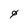
Character: 0